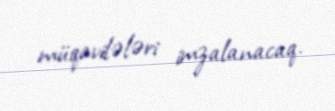
müqavilələri imzalanacaq.